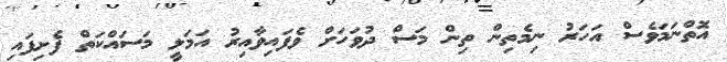
އޮތްނަމަވެސް އަހަރު ނިމެތިން ތިން މަސް ދުވަހަށް ވެފައިވާއިރު އަމަލީ މަސައްކަތް ފެށިފައި